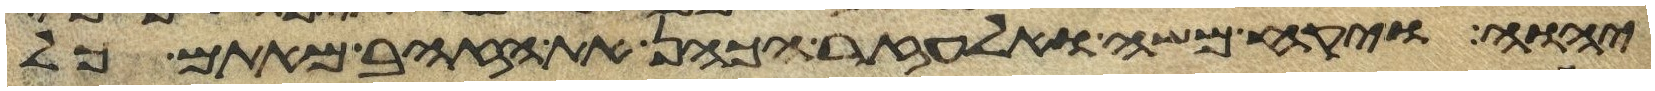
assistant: יהוה ויקח משה ואלעזר הכהן את הזהב מאתם כל